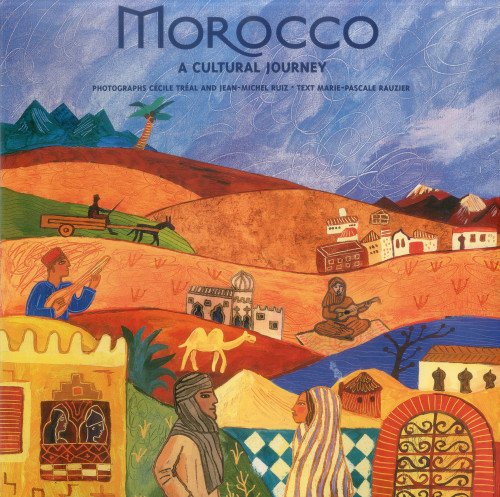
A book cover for Morocco: A Cultural Journey; CÃ©cile TrÃ©al; Travel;